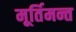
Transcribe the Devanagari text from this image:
मूर्तिमन्त